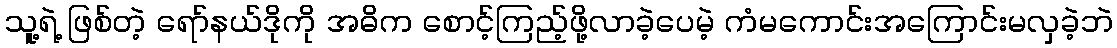
သူ့ရဲ့ ဖြစ်တဲ့ ရော်နယ်ဒိုကို အဓိက စောင့်ကြည့်ဖို့လာခဲ့ပေမဲ့ ကံမကောင်းအကြောင်းမလှခဲ့ဘဲ